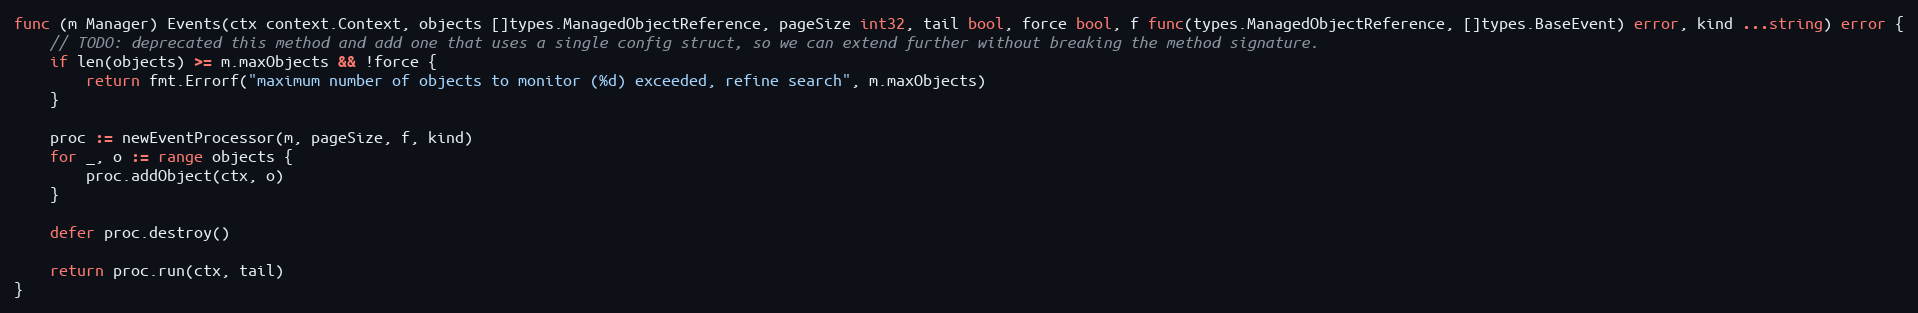
Language: Go
func (m Manager) Events(ctx context.Context, objects []types.ManagedObjectReference, pageSize int32, tail bool, force bool, f func(types.ManagedObjectReference, []types.BaseEvent) error, kind ...string) error {
	// TODO: deprecated this method and add one that uses a single config struct, so we can extend further without breaking the method signature.
	if len(objects) >= m.maxObjects && !force {
		return fmt.Errorf("maximum number of objects to monitor (%d) exceeded, refine search", m.maxObjects)
	}

	proc := newEventProcessor(m, pageSize, f, kind)
	for _, o := range objects {
		proc.addObject(ctx, o)
	}

	defer proc.destroy()

	return proc.run(ctx, tail)
}